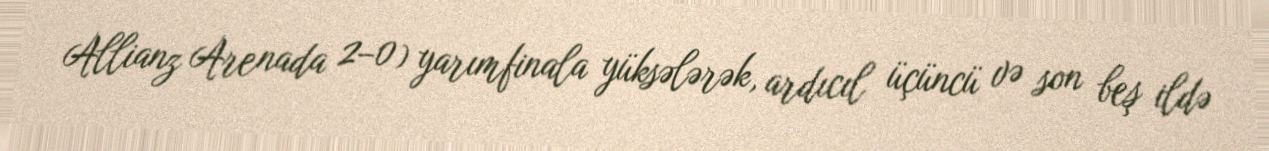
Allianz Arenada 2–0) yarımfinala yüksələrək, ardıcıl üçüncü və son beş ildə